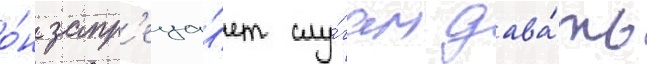
о́н запр'еща́ет слу́гам дава́ть